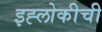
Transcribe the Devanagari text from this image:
इह्लोकीची